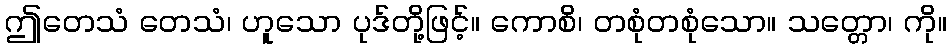
ဤတေသံ တေသံ၊ ဟူသော ပုဒ်တို့ဖြင့်။ ကောစိ၊ တစုံတစုံသော။ သတ္တော၊ ကို။